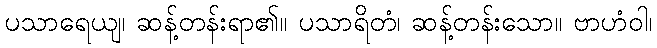
ပသာရေယျ၊ ဆန့်တန်းရာ၏။ ပသာရိတံ၊ ဆန့်တန်းသော။ ဗာဟံဝါ၊